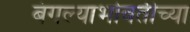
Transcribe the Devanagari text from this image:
बंगल्याभोवतीच्या